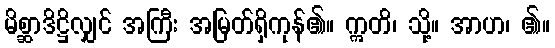
မိစ္ဆာဒိဋ္ဌိလျှင် အကြီး အမြတ်ရှိကုန်၏။ ဣတိ၊ သို့။ အာဟ၊ ၏။